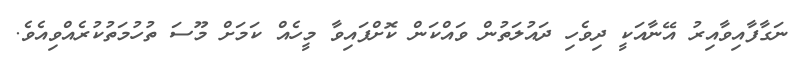
ނަގާފާއިވާއިރު އޭނާއަކީ ދިވެހި ދައުލަތުން ވައްކަން ކޮށްފައިވާ މީހެއް ކަމަށް މޫސަ ތުހުމަތުކުރެއްވިއެވެ.